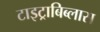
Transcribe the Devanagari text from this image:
टाइट्राबिब्लास